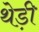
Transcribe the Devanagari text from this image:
थेड़ी